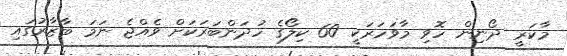
މާކަރީ ދޯނިން ހޮވި މާވަހަރަކީ 60 ކިލޯގެ ހުދަންބަރަކަށް ވެއްޖެ ނަމަ ބާޒާރުގައި